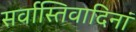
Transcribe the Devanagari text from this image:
सर्वास्तिवादिनां